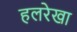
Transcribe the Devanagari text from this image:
हलरेखा